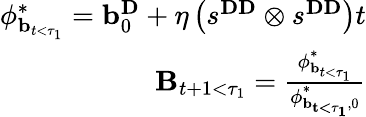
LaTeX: \begin{array}{r}{\mathbf{\phi}_{\mathbf{b}_{t<\tau_{1}}}^{*}=\mathbf{b}_{0}^{\mathbf{D}}+\eta\left(s^{\mathbf{DD}}\otimes s^{\mathbf{DD}}\right)t}\\ {\mathbf{B}_{t+1<\tau_{1}}=\frac{\mathbf{\phi}_{\mathbf{b}_{t<\tau_{1}}}^{*}}{\mathbf{\phi}_{\mathbf{{b}_{t<\tau_{1}}},0}^{*}}}\end{array}